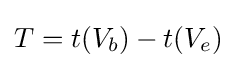
T=t(V_{b})-t(V_{e})